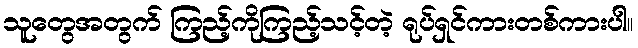
သူတွေအတွက် ကြည့်ကိုကြည့်သင့်တဲ့ ရုပ်ရှင်ကားတစ်ကားပါ။